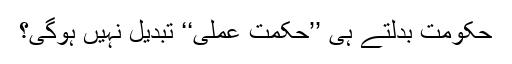
حکومت بدلتے ہی ’’حکمت عملی‘‘ تبدیل نہیں ہوگی؟